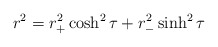
\begin{align*}r^2=r_+^2\cosh^2{\tau}+r_-^2\sinh^2{\tau}\end{align*}